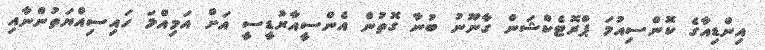
އިންޑިއާގެ ކޮންސިއުމަ ޕްރޮޓެކްޝަން ގާނޫނު ބުނާ ގޮތުން އެންސީއާރުޑީސީ އަށް އަމިއްލަ ހައިސިއްޔަތުންނާއި